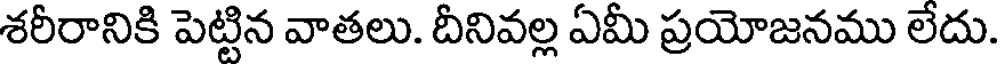
శరీరానికి పెట్టిన వాతలు. దీనివల్ల ఏమీ ప్రయోజనము లేదు.